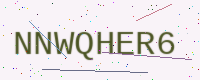
Text: NNWQHER6